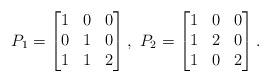
LaTeX: \begin{align*}P_1=\begin{bmatrix} 1&0&0\\0&1&0\\1&1&2 \end{bmatrix},\ P_2=\begin{bmatrix} 1&0&0\\1&2&0\\1&0&2 \end{bmatrix}.\end{align*}